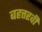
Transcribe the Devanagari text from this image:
बहत्तरवीं